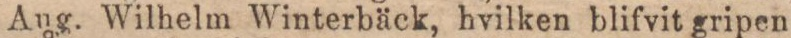
Aug. Wilhelm Winterbäck, hvilken blifvit gripen